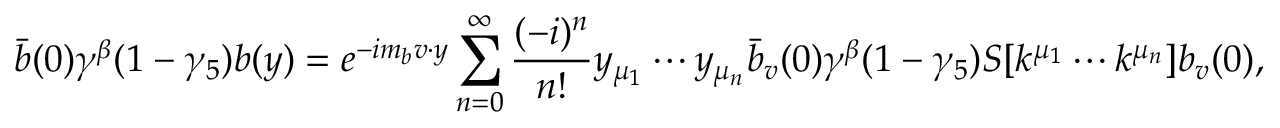
\bar { b } ( 0 ) \gamma ^ { \beta } ( 1 - \gamma _ { 5 } ) b ( y ) = e ^ { - i m _ { b } v \cdot y } \sum _ { n = 0 } ^ { \infty } \frac { ( - i ) ^ { n } } { n ! } y _ { \mu _ { 1 } } \cdots y _ { \mu _ { n } } \bar { b } _ { v } ( 0 ) \gamma ^ { \beta } ( 1 - \gamma _ { 5 } ) { \cal S } [ k ^ { \mu _ { 1 } } \cdots k ^ { \mu _ { n } } ] b _ { v } ( 0 ) ,